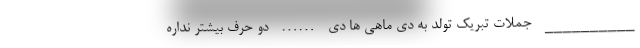
__________ جملات تبریک تولد به دی ماهی ها دی …… دو حرف بیشتر نداره